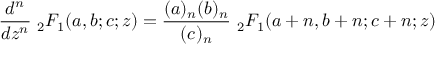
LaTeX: { \frac { d ^ { n } } { d z ^ { n } } } \ { } _ { 2 } F _ { 1 } ( a , b ; c ; z ) = { \frac { ( a ) _ { n } ( b ) _ { n } } { ( c ) _ { n } } } \ { } _ { 2 } F _ { 1 } ( a + n , b + n ; c + n ; z )